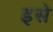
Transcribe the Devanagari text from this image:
इसे